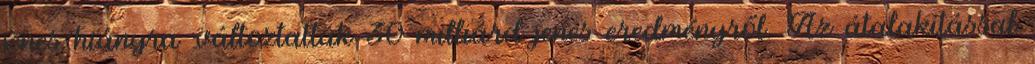
jenes hiányra változtatták 30 milliárd jenes eredményről. Az átalakítással